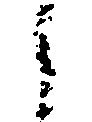
之